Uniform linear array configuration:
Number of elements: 8
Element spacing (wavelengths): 0.5
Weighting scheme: blackman
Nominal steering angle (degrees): -60
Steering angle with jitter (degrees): -61.375
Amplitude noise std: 0.05
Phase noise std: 0.05

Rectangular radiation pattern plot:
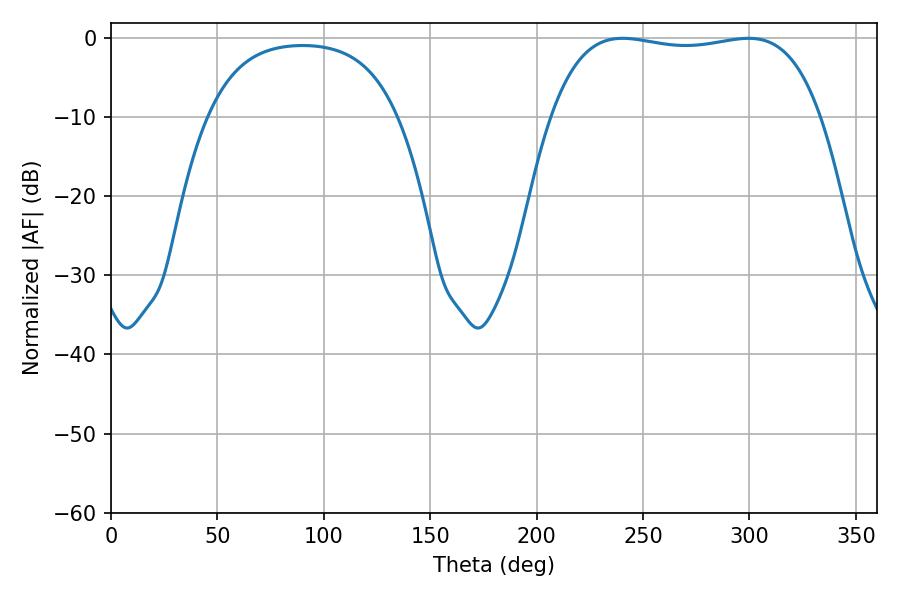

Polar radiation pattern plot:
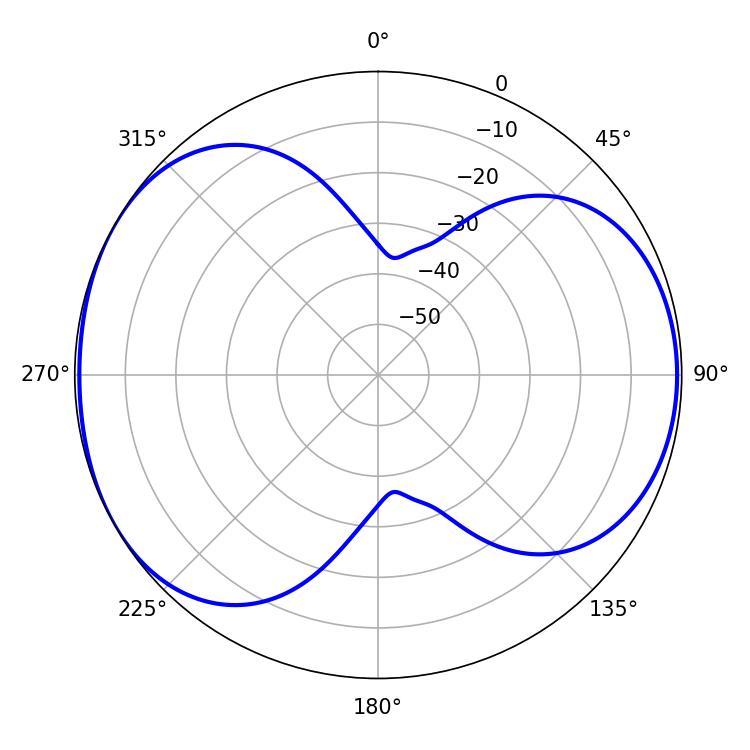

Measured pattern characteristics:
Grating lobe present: FALSE
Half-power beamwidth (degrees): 101.16
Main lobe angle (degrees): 240.48